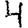
Digit: 4